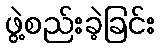
ဖွဲ့စည်းခဲ့ခြင်း